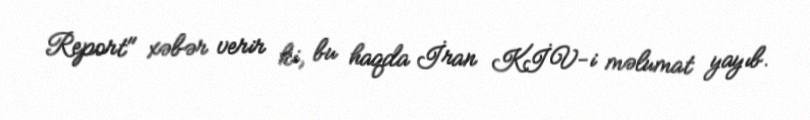
Report" xəbər verir ki, bu haqda İran KİV-i məlumat yayıb.